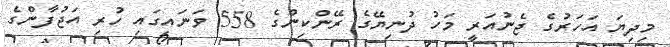
މިދިޔަ އަހަރުގެ ޖެނުއަރީ މަހު ދުނިޔޭގެ ރޭންކިންގެ 558 ވަނައިގައި ހުރި އަޖުފާންގެ